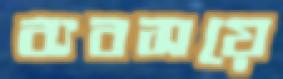
ব্যবসয়ে